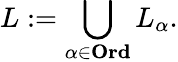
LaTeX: L:=\bigcup_{\alpha\in\mathbf{Ord}}L_{\alpha}.